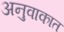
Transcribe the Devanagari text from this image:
अनुवाकात